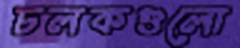
চলকগুলো